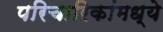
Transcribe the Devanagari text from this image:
परिचारिकांमध्ये